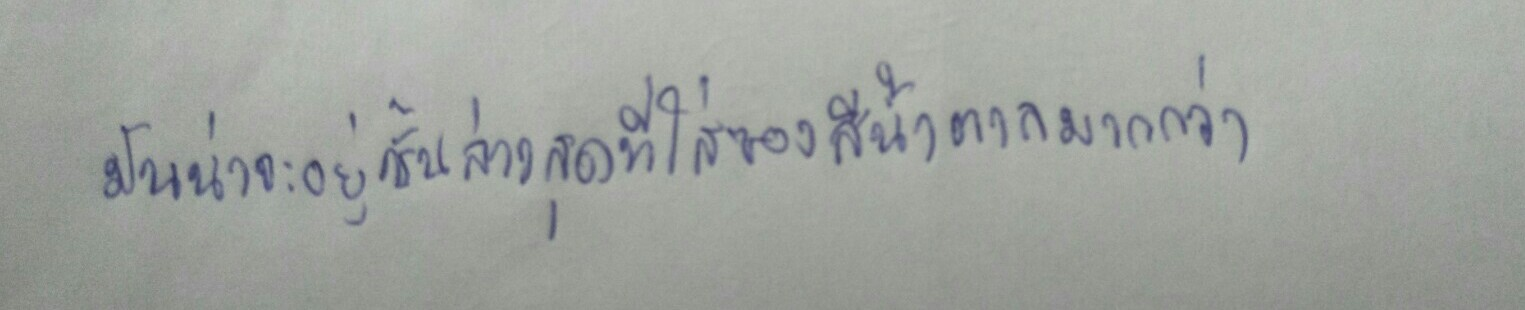
มันน่าจะอยู่ชั้นล่างสุดที่ใส่ซองสีน้ำตาลมากกว่า